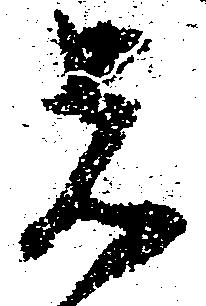
者